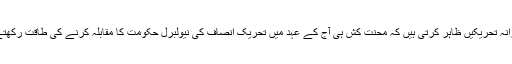
یہ دلیرانہ تحریکیں ظاہر کرتی ہیں کہ محنت کش ہی آج کے عہد میں تحریک انصاف کی نیولبرل حکومت کا مقابلہ کرنے کی طاقت رکھتے ہیں۔